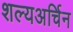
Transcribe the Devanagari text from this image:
शल्यअर्चिन